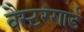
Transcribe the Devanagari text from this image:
वैस्टरगार्ड